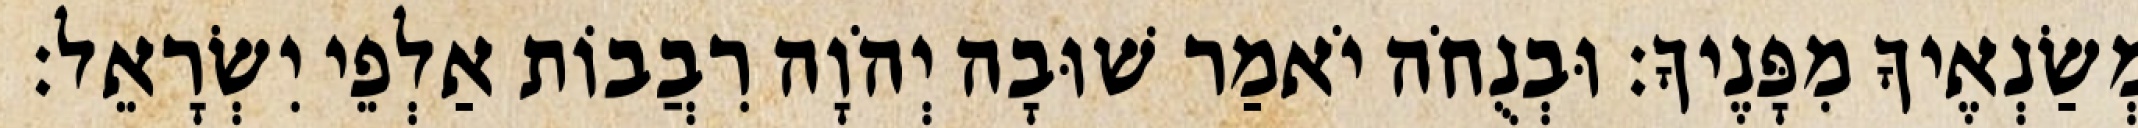
מְשַׂנְאֶיךָ מִפָּנֶיךָ׃ וּבְנֻחֹה יֹאמַר שׁוּבָה יְהֹוָה רִבֲבוֹת אַלְפֵי יִשְׂרָאֵל׃